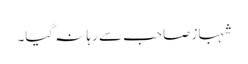
شہباز صاحب سے رہا نہ گیا۔